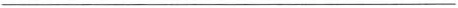
___